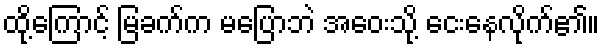
ထို့ကြောင့် မြခက်က မပြောဘဲ အဝေးသို့ ငေးနေလိုက်၏။